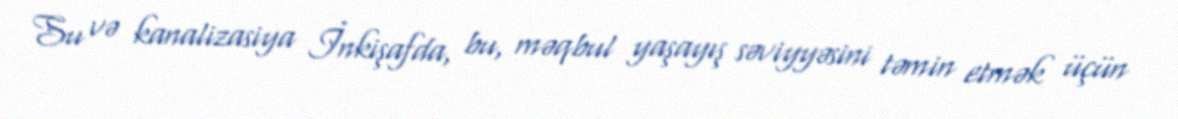
Su və kanalizasiya İnkişafda, bu, məqbul yaşayış səviyyəsini təmin etmək üçün